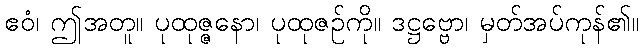
ဧဝံ၊ ဤအတူ။ ပုထုဇ္ဇနော၊ ပုထုဇဉ်ကို။ ဒဋ္ဌဗ္ဗော၊ မှတ်အပ်ကုန်၏။